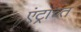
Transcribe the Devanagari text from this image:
एंट्राच्त